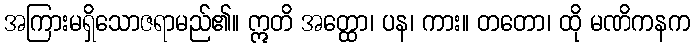
အကြားမရှိသောဇရာမည်၏။ ဣတိ အတ္ထော၊ ပန၊ ကား။ တတော၊ ထို မဏိကနက